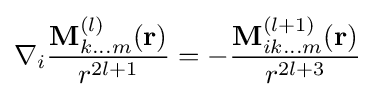
\mathbf {\nabla } _{i}{\frac {\mathbf {M} _{k...m}^{(l)}(\mathbf {r} )}{r^{2l+1}}}=-{\frac {\mathbf {M} _{ik...m}^{(l+1)}(\mathbf {r} )}{r^{2l+3}}}